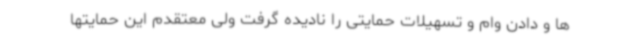
ها و دادن وام و تسهیلات حمایتی را نادیده گرفت ولی معتقدم این حمایتها